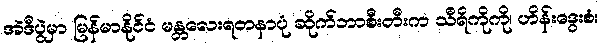
အဲဒီပွဲမှာ မြန်မာနိုင်ငံ မန္တလေးရတနာပုံ ဆိုက်ဘာစီးတီးက သီရိကိုကို၊ ဟိန်းဒွေးစံ၊